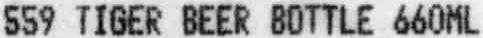
559 TIGER BEER BOTTLE 660ML